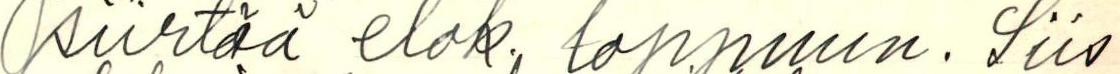
siirtää elok. loppuun. Siis